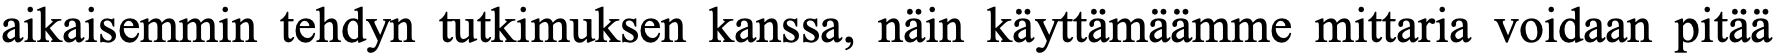
aikaisemmin tehdyn tutkimuksen kanssa, näin käyttämäämme mittaria voidaan pitää